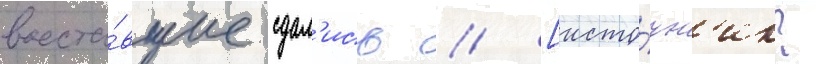
восста́вшие сдал'ись // [исто́чн'ик?